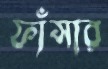
ফাঁসার